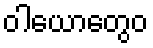
ဝါယောတွေဝ